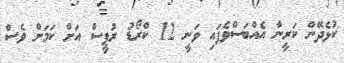
ކުޅެދޭން ކަރީނާ އެއްބަސްވެފައި ވަނީ 12 ކްރޯޑު ރުޕީސް އަށް ކަމަށް ވެސް